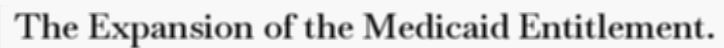
The Expansion of the Medicaid Entitlement.